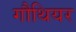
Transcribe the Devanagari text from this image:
गौथियर